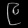
Digit: ၉